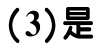
$(3)是$